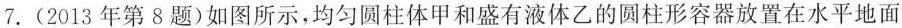
7.(2013年第8题)如图所示，均匀圆柱体甲和盛有液体乙的圆柱形容器放置在水平地面